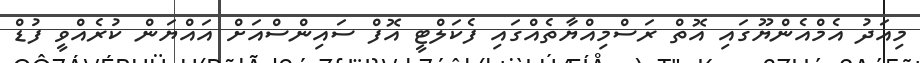
މިއަދު އެމްއެންޔޫގައި އޮތް ރަސްމިއްޔާތެއްގައި ފެކަލްޓީ އޮފް ސައިންސްއަށް އައްޔަން ކުރެއްވީ ފުޑް